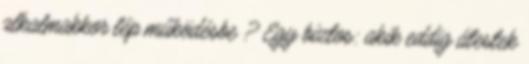
alkalmakkor lép működésbe ? Egy biztos: akik eddig átestek